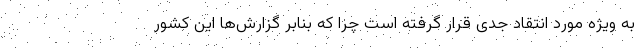
به ویژه مورد انتقاد جدی قرار گرفته است چرا که بنابر گزارش‌ها این کشور